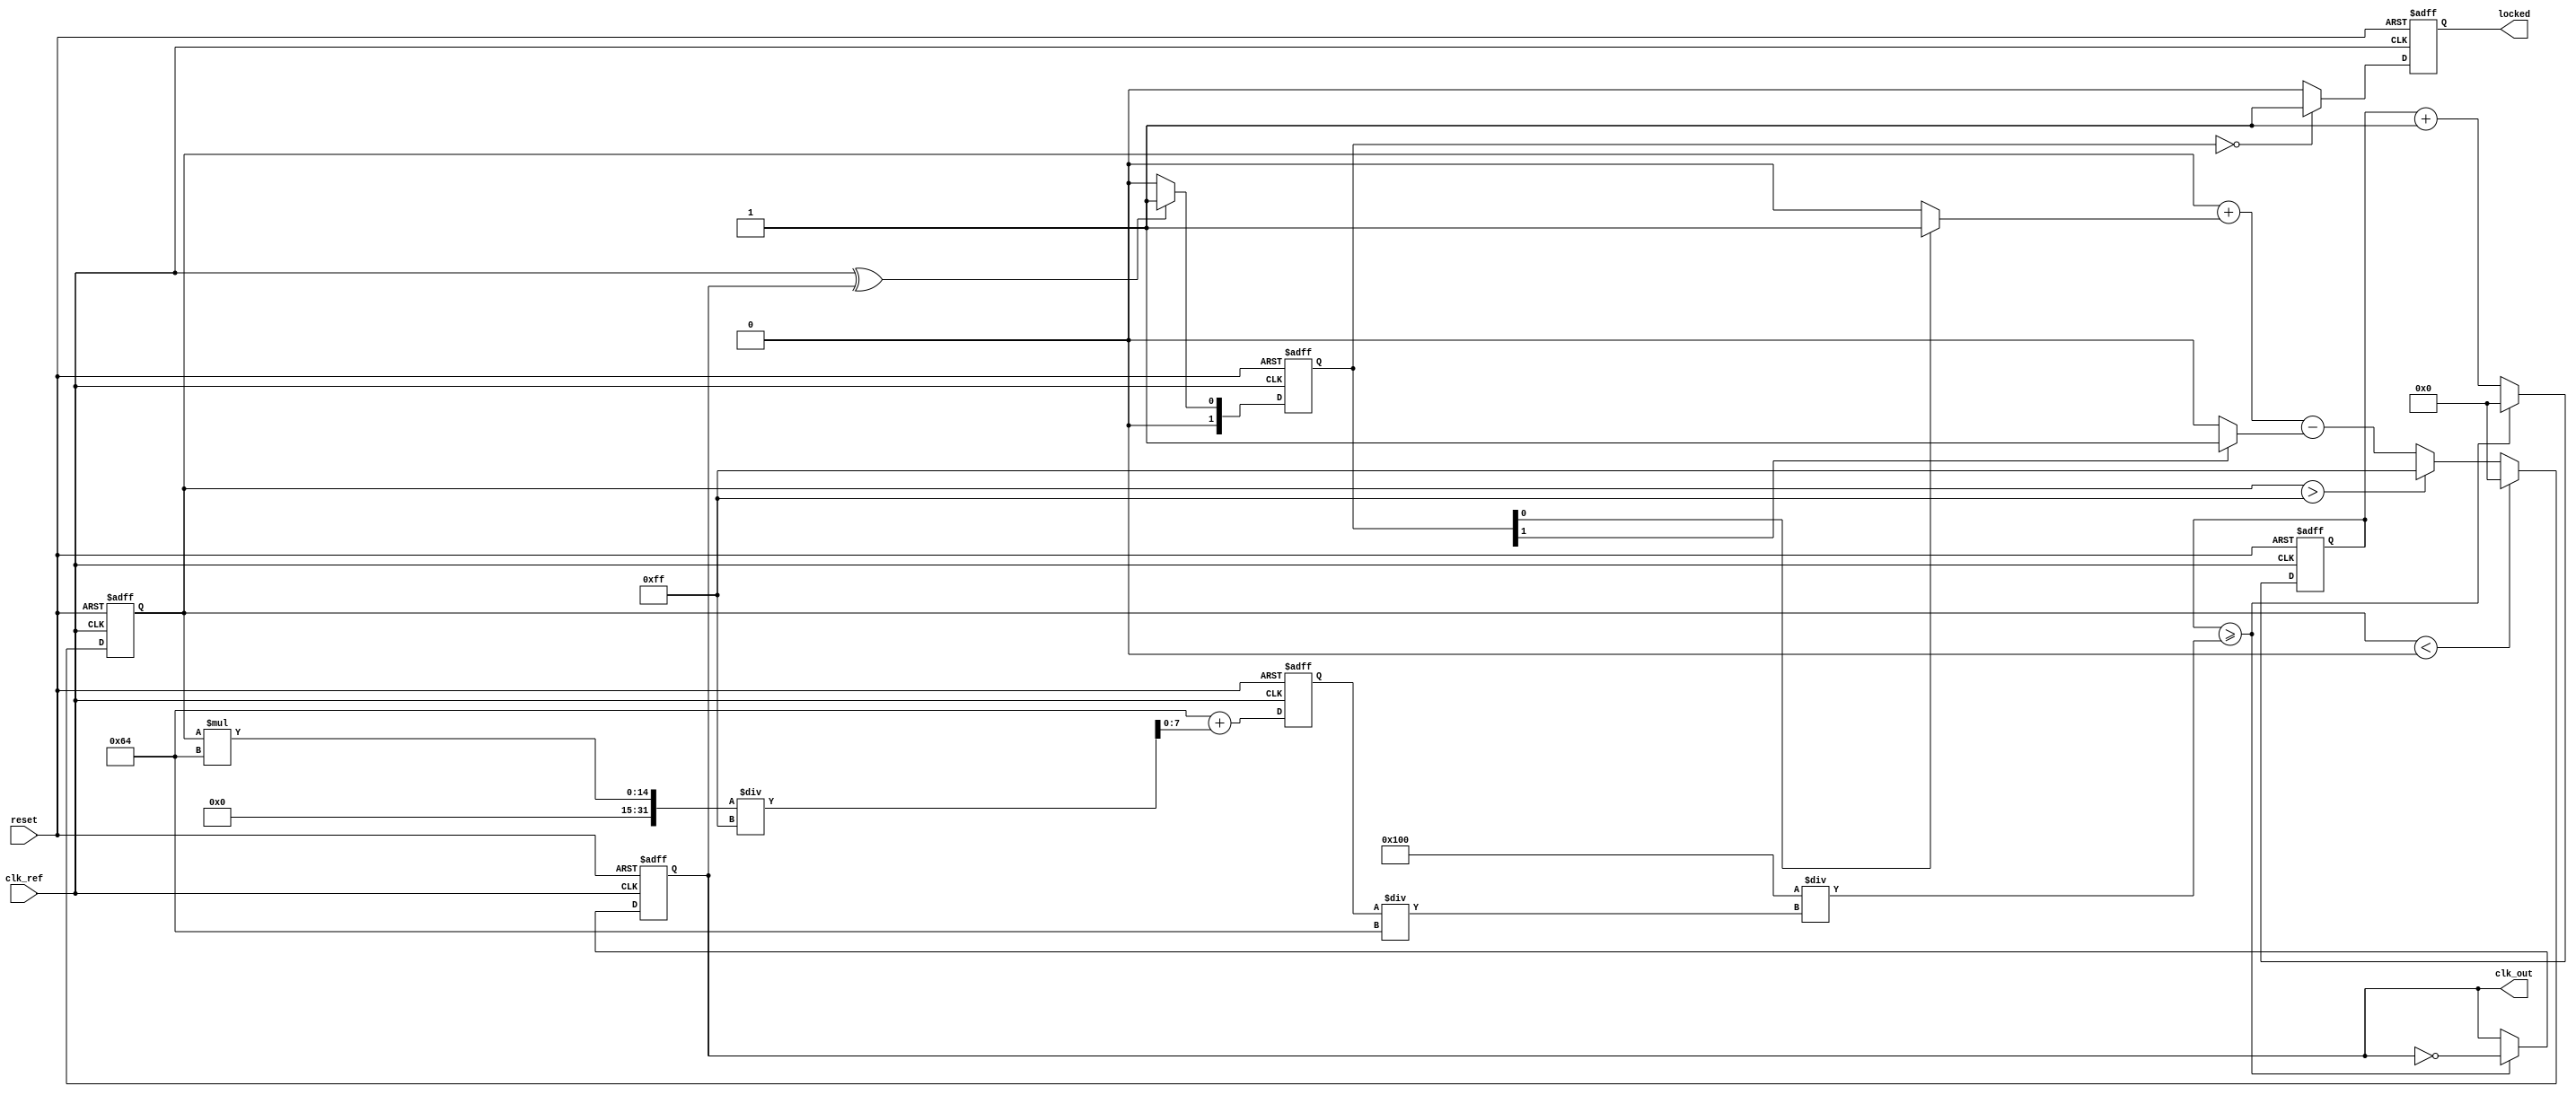
module PLL (
    input wire clk_ref,             // Reference clock input
    input wire reset,               // Reset signal
    output reg clk_out,             // Output clock signal
    output reg locked               // Lock detection signal
);

    // Parameters
    parameter PHASE_DETECTOR_DELAY = 1; // Delay for phase detector
    parameter VCO_MAX_FREQ = 200;        // Maximum VCO frequency
    parameter VCO_MIN_FREQ = 100;        // Minimum VCO frequency
    parameter LOOP_FILTER_GAIN = 1;      // Loop filter gain

    // Internal signals
    reg [1:0] phase_detector_out; // Output of the phase detector
    reg [7:0] control_voltage;     // Control voltage from loop filter
    reg [7:0] vco_output;          // Output of the VCO
    reg [7:0] feedback_divider;    // Feedback divider

    // Phase Detector
    always @(posedge clk_ref or posedge reset) begin
        if (reset) begin
            phase_detector_out <= 2'b00;
        end else begin
            // Simple XOR phase detector
            phase_detector_out <= (clk_ref ^ clk_out) ? 2'b01 : 2'b00;
        end
    end

    // Loop Filter - Simple proportional filter
    always @(posedge clk_ref or posedge reset) begin
        if (reset) begin
            control_voltage <= 8'b0;
        end else begin
            control_voltage <= control_voltage + (phase_detector_out[0] ? LOOP_FILTER_GAIN : 0) - (phase_detector_out[1] ? LOOP_FILTER_GAIN : 0);
            // Clamp control_voltage within bounds
            if (control_voltage > 255) control_voltage <= 255;
            if (control_voltage < 0) control_voltage <= 0;
        end
    end

    // Voltage-Controlled Oscillator (VCO)
    always @(posedge clk_ref or posedge reset) begin
        if (reset) begin
            vco_output <= VCO_MIN_FREQ; // start at minimum frequency
        end else begin
            // Simple linear VCO model
            vco_output <= VCO_MIN_FREQ + (control_voltage * (VCO_MAX_FREQ - VCO_MIN_FREQ) / 255);
        end
    end

    // Feedback Divider
    always @(posedge clk_ref or posedge reset) begin
        if (reset) begin
            feedback_divider <= 8'b0;
            clk_out <= 0;
        end else begin
            feedback_divider <= feedback_divider + 1;
            if (feedback_divider >= (256 / (vco_output / 100))) begin
                clk_out <= ~clk_out; // Toggle output clock
                feedback_divider <= 0;
            end
        end
    end

    // Lock Detection
    always @(posedge clk_ref or posedge reset) begin
        if (reset) begin
            locked <= 0;
        end else begin
            // Lock detection logic could be refined
            locked <= (phase_detector_out == 2'b00) ? 1 : 0; // Locked if phase error is zero
        end
    end

endmodule